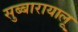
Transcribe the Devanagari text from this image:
सुब्बारायालू